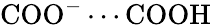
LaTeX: \mathrm{COO^{-}\cdots COOH}